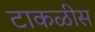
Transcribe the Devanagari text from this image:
टाकळीस